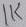
Text: 1K